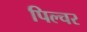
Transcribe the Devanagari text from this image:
पिल्चर